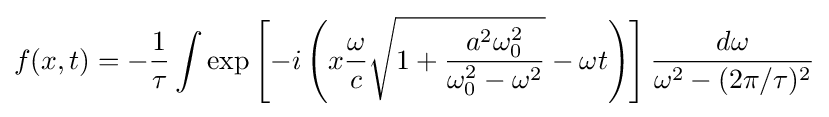
f(x,t)=-{\frac {1}{\tau }}\int \exp \left[-i\left(x{\frac {\omega }{c}}{\sqrt {1+{\frac {a^{2}\omega _{0}^{2}}{\omega _{0}^{2}-\omega ^{2}}}}}-\omega t\right)\right]{\frac {d\omega }{\omega ^{2}-(2\pi /\tau )^{2}}}